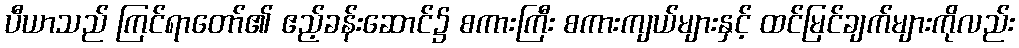
ပီယာသည် ကြင်ရာတော်၏ ဧည့်ခန်းဆောင်၌ စကားကြီး စကားကျယ်များနှင့် ထင်မြင်ချက်များကိုလည်း